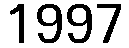
1997